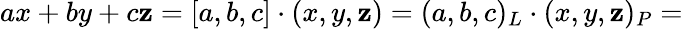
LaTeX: ax+by+c\mathbf{z}=[a,b,c]\cdot(x,y,\mathbf{z})=(a,b,c)_{L}\cdot(x,y,\mathbf{z})_{P}=